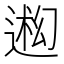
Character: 𬨳